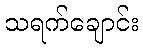
သရက်ချောင်း